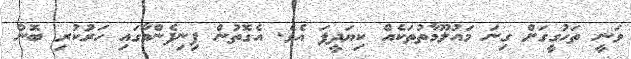
ވަނީ ތަހުގީގަށް ގިނަ މައުލޫމާތުތަކެއް ކިޔަދީފަ އެވެ. އެގޮތުން ފިނިފެންމާގައި ހަރުކުރި ބޮން